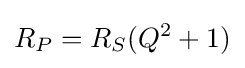
R_{P}=R_{S}(Q^{2}+1)